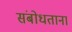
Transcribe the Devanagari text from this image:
संबोधताना